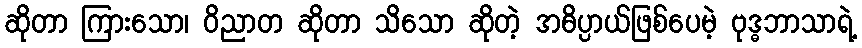
ဆိုတာ ကြားသော၊ ဝိညာတ ဆိုတာ သိသော ဆိုတဲ့ အဓိပ္ပာယ်ဖြစ်ပေမဲ့ ဗုဒ္ဓဘာသာရဲ့